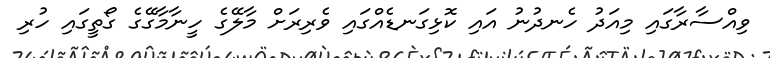
ވިއްސާރާގައި މިއަދު ހެނދުނު އައި ކޮޅިގަނޑެއްގައި ވެރިރަށް މާލޭގެ ހީނާމާގޭގެ ގޯތީގައި ހުރި